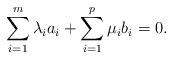
LaTeX: \begin{align*}\sum_{i=1}^m \lambda_i a_i + \sum_{i=1}^p \mu_i b_i = 0.\end{align*}